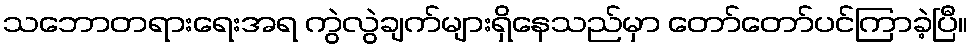
သဘောတရားရေးအရ ကွဲလွဲချက်များရှိနေသည်မှာ တော်တော်ပင်ကြာခဲ့ပြီ။